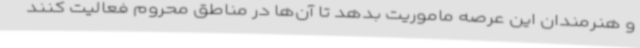
و هنرمندان این عرصه ماموریت بدهد تا آن‌ها در مناطق محروم فعالیت کنند